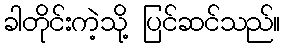
ခါတိုင်းကဲ့သို့ ပြင်ဆင်သည်။